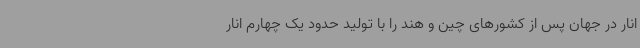
انار در جهان پس از کشورهای چین و هند را با تولید حدود یک چهارم انار